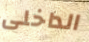
الداخلى